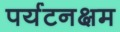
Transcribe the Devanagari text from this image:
पर्यटनक्षम